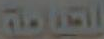
العامة